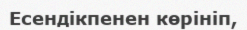
Есендікпенен көрініп,